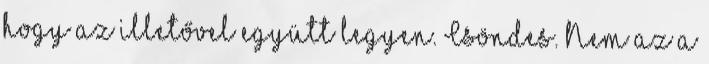
hogy az illetővel együtt legyen. Csöndes. Nem az a